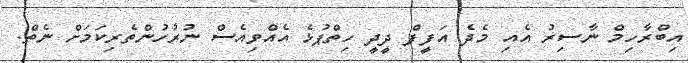
އިބްރާހިމް ނާސިރު އެއި މެދެ އަފީފް ދީދީ ހިތްޕުޅެ އެއްވިއެސް ނުރުހުންތެރިކަމަށް ނެތް.